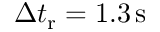
\Delta t _ { \mathrm { r } } = 1 . 3 \, \mathrm { s }